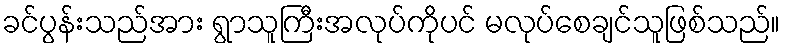
ခင်ပွန်းသည်အား ရွာသူကြီးအလုပ်ကိုပင် မလုပ်စေချင်သူဖြစ်သည်။